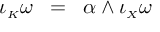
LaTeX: \iota _ { \scriptscriptstyle K } \omega \; \; = \; \; \alpha \wedge \iota _ { \scriptscriptstyle X } \omega